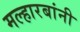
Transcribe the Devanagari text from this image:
मल्हारबांनी